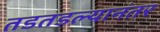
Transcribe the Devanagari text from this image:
तडतडल्यानंतर